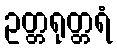
ဥတ္တရုတ္တရံ